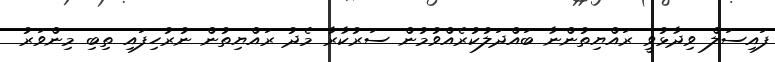
ފައިސަލް ވިދާޅުވީ ރައްޔިތުންނާ ބައްދަލުކުރެއްވުމުން ސަރުކާރާ މެދު ރައްޔިތުން ނުރުހިފައި ތިބި މިންވަރު